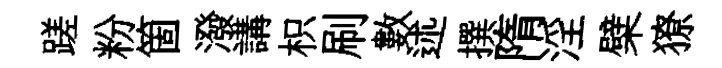
蹉粉箇潑講枳刷數述撰隋淫檗獠